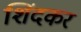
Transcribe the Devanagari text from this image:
शिंदकर